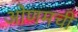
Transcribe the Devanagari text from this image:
ओणमची